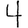
Digit: 4